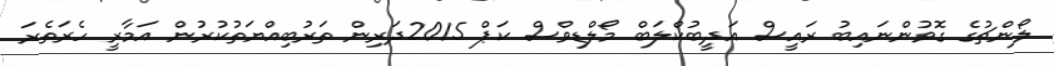
ލޯންޗުގެ ގޮވުންނައިބު ރައީސް އަދީބުކްލަބް މޯލްޑިވްސް ކަޕް 2015ދަރިން ތަރުބިއްޔަތުކުރުން އަމާރީ ހެރަތެރަ